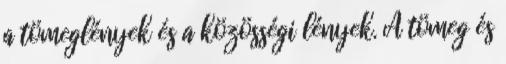
a tömeglények és a közösségi lények. A tömeg és